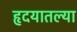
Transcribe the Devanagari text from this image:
हृदयातल्या